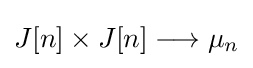
J[n]\times J[n]\longrightarrow \mu _{n}